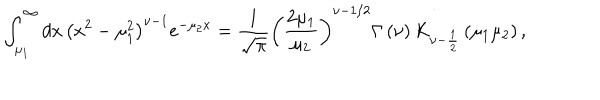
LaTeX: \int _ { \mu _ { 1 } } ^ { \infty } d x \, \left( x ^ { 2 } - \mu _ { 1 } ^ { 2 } \right) ^ { \nu - 1 } e ^ { - \mu _ { 2 } x } = \frac { 1 } { \sqrt { \pi } } \left( \frac { 2 \mu _ { 1 } } { \mu _ { 2 } } \right) ^ { \nu - 1 / 2 } \Gamma \left( \nu \right) K _ { \nu - \frac { 1 } { 2 } } \left( \mu _ { 1 } \mu _ { 2 } \right) ,